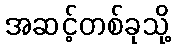
အဆင့်တစ်ခုသို့